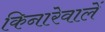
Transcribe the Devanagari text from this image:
किनारेवालें